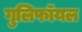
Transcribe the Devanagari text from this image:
गुलिफॉयल